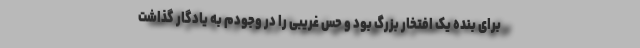
برای بنده یک افتخار بزرگ بود و حس غریبی را در وجودم به یادگار گذاشت